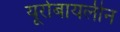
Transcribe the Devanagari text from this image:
यूरोबायलीन